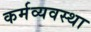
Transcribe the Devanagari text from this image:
कर्मव्यवस्था